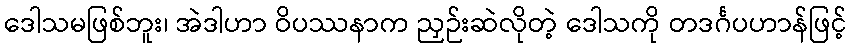
ဒေါသမဖြစ်ဘူး၊ အဲဒါဟာ ဝိပဿနာက ညှဉ်းဆဲလိုတဲ့ ဒေါသကို တဒင်္ဂပဟာန်ဖြင့်